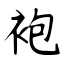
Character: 袍